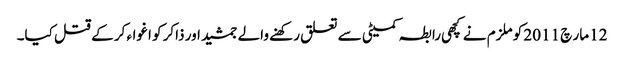
12 مار چ 2011 کو ملزم نے کچھی رابطہ کمیٹی سے تعلق رکھنے والے جمشید اور ذاکر کو اغواء کر کے قتل کیا۔